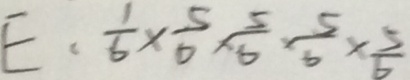
E \cdot \frac { 1 } { 6 } \times \frac { 5 } { 6 } \times \frac { 5 } { 6 } \times \frac { 5 } { 6 } \times \frac { 5 } { 6 }